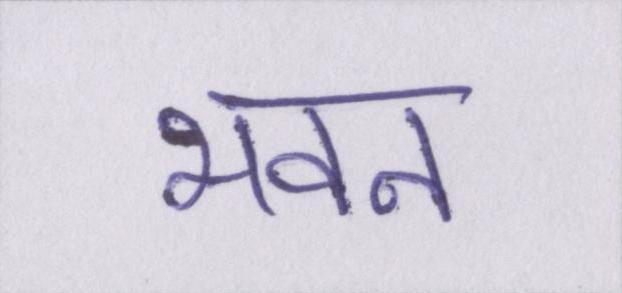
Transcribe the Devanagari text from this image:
भवन